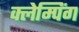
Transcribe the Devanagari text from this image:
क्लेम्पिंग